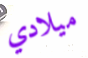
ميلادي